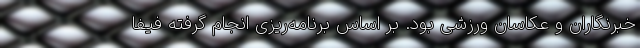
خبرنگاران و عکاسان ورزشی بود. بر اساس برنامه‌ریزی انجام گرفته فیفا